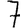
Digit: 7